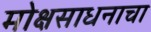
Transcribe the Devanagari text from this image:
मोक्षसाधनाचा